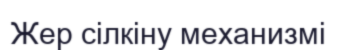
Жер сілкіну механизмі